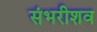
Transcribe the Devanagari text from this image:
संभरीशव